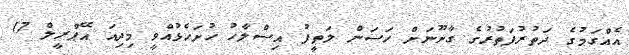
އެއްގަމުގެ ދަތުރުފަތުރުގެ ގާނޫނަށް ހަސަން ލަތީފު އިސްލާހު ހުށަހެޅުއްވީ މިދިއަ އޭޕްރީލް 17